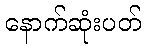
နောက်ဆုံးပတ်